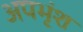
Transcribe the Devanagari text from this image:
अपभृंश